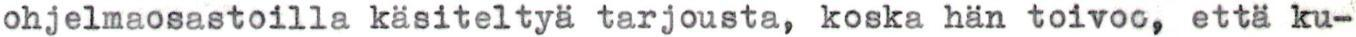
ohjelmaosastoilla käsiteltyä tarjousta, koska hän toivoo, että ku-